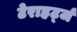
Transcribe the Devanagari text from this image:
टेराहर्ट्ज